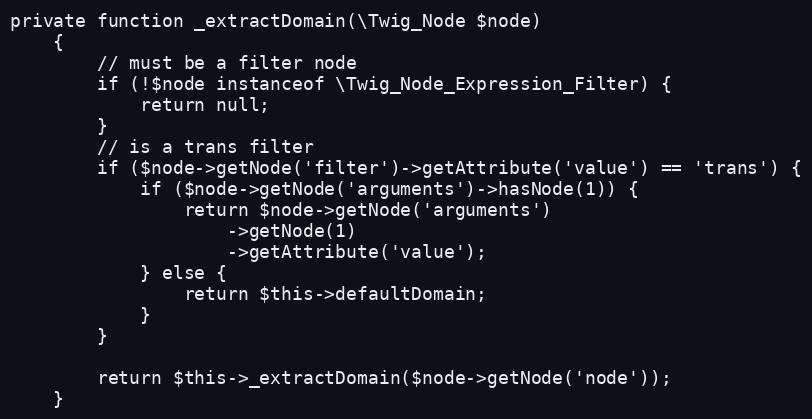
Language: PHP
private function _extractDomain(\Twig_Node $node)
	{
		// must be a filter node
		if (!$node instanceof \Twig_Node_Expression_Filter) {
			return null;
		}
		// is a trans filter
		if ($node->getNode('filter')->getAttribute('value') == 'trans') {
			if ($node->getNode('arguments')->hasNode(1)) {
				return $node->getNode('arguments')
					->getNode(1)
					->getAttribute('value');
			} else {
				return $this->defaultDomain;
			}
		}

		return $this->_extractDomain($node->getNode('node'));
	}